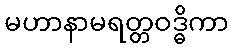
မဟာနာမရတ္တဝဒ္ဓိကာ